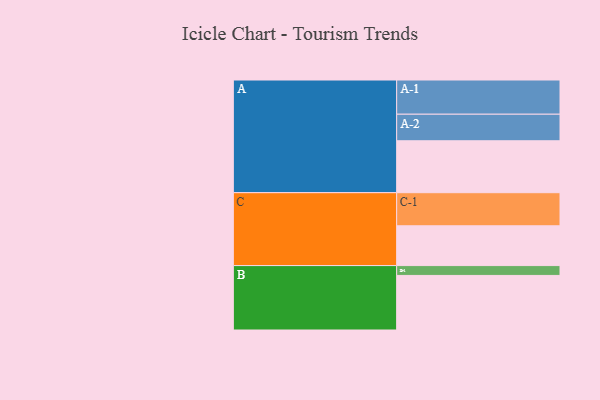
{"axis": {"x": "Segment", "y": "Value"}, "legend": ["", "A", "B", "C"], "data": [{"x": "A", "y": 454, "type": ""}, {"x": "B", "y": 477, "type": ""}, {"x": "C", "y": 348, "type": ""}, {"x": "A-1", "y": 299, "type": "A"}, {"x": "A-2", "y": 232, "type": "A"}, {"x": "B-1", "y": 86, "type": "B"}, {"x": "C-1", "y": 289, "type": "C"}]}